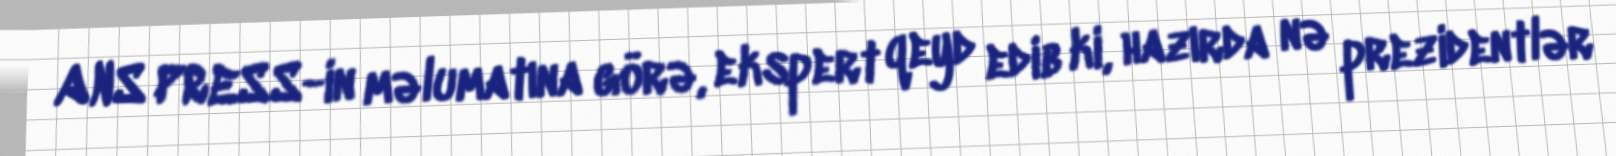
ANS PRESS-in məlumatına görə, ekspert qeyd edib ki, hazırda nə prezidentlər